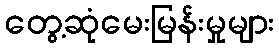
တွေ့ဆုံမေးမြန်းမှုများ